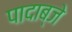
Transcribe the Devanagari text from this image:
पादाब्जे